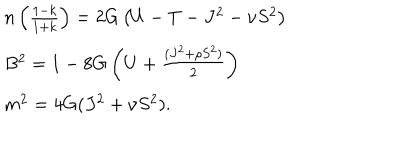
\begin{array} { l l } { { n \left( \frac { 1 - k } { 1 + k } \right) = 2 G \left( U - T - J ^ { 2 } - \nu S ^ { 2 } \right) } } \\ { { B ^ { 2 } = 1 - 8 G \left( U + \frac { ( J ^ { 2 } + \rho S ^ { 2 } ) } { 2 } \right) } } \\ { { m ^ { 2 } = 4 G ( J ^ { 2 } + \nu S ^ { 2 } ) . } } \\ \end{array}